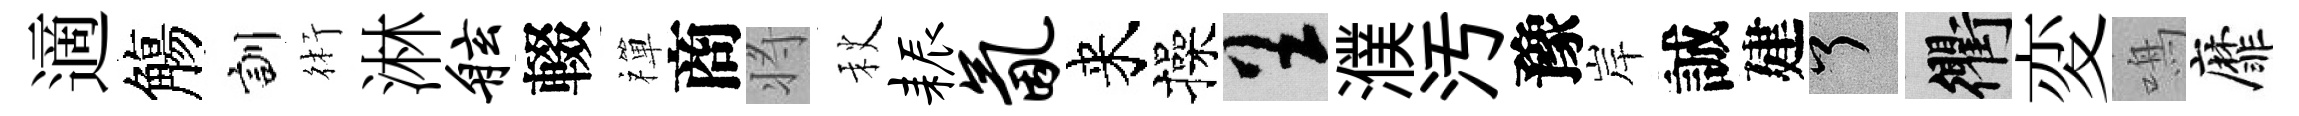
適觴訓術淋舷輟禪商将秋耨氤来操呈濮汚豫岸誠建了衢変鳴靡